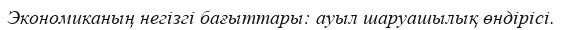
Экономиканың негізгі бағыттары: ауыл шаруашылық өндірісі.